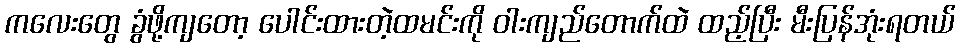
ကလေးတွေ ခွံဖို့ကျတော့ ပေါင်းထားတဲ့ထမင်းကို ဝါးကျည်တောက်ထဲ ထည့်ပြီး မီးပြန်အုံးရတယ်